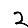
Digit: 2